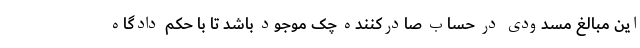
این مبالغ مسدودی در حساب صادرکننده چک موجود باشد تا با حکم دادگاه